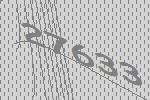
27633